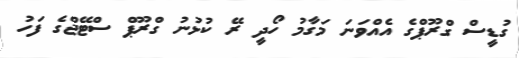
ގުޑީސް ގްރޫޕްގެ އެއްވަނަ މަގާމު ހޯދީ ރޭ ކުޅުނު ގްރޫޕް ސްޓޭޖްގެ ފަހު